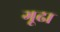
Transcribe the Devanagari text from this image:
गूढा